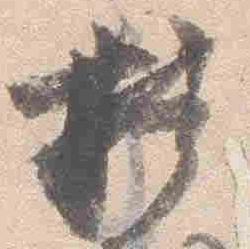
摂